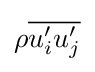
\rho {\overline {u'_{i}u'_{j}}}